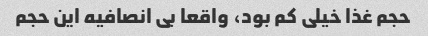
حجم غذا خیلی کم بود، واقعا بی انصافیه این حجم